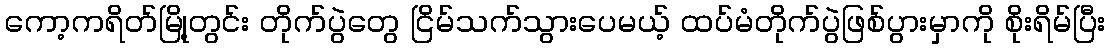
ကော့ကရိတ်မြို့တွင်း တိုက်ပွဲတွေ ငြိမ်သက်သွားပေမယ့် ထပ်မံတိုက်ပွဲဖြစ်ပွားမှာကို စိုးရိမ်ပြီး